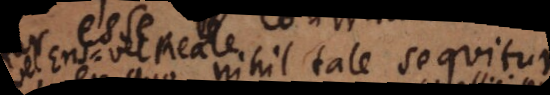
ex quo nihil tale sequitur.